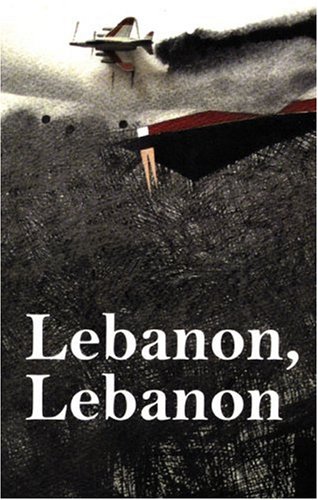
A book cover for Lebanon, Lebanon; Travel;